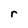
Character: r